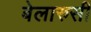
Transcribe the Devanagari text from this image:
बेलारुसी